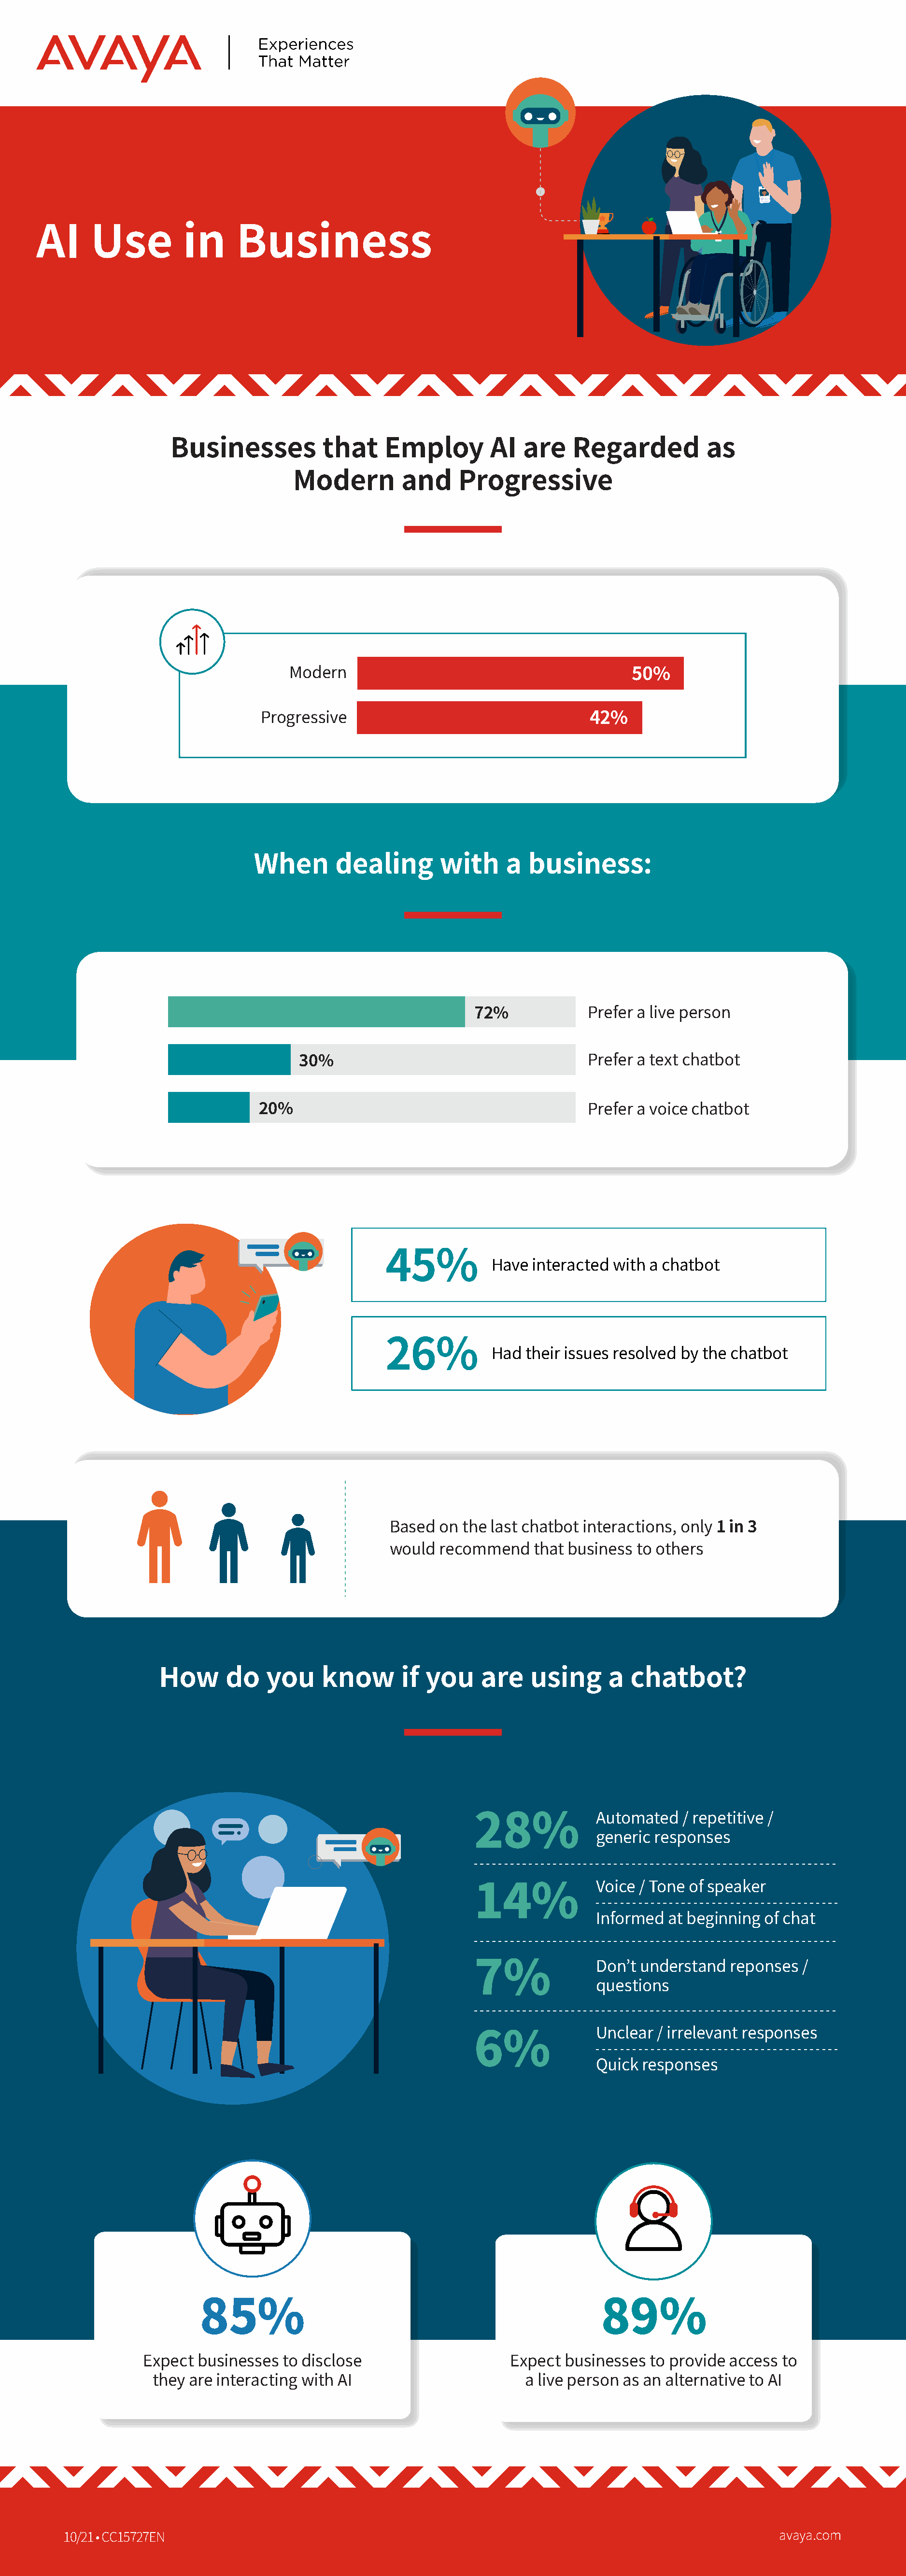
AI     Use          in     Business
 Businesses           that     Employ        AI   are   Regarded           as
 Modern         and     Progressive
 Modern                                         50%
 Progressive                                  42%
 When       dealing       with     a  business:
 72%             Prefer a live person
 30%                                     Prefer a text chatbot
 20%                                           Prefer a voice chatbot
 Have  interacted with a chatbot
 45%
 Had  their issues resolved by the chatbot
 26%
 Based  on the last chatbot interactions, only 1 in 3
 would  recommend    that business to others
 How      do   you     know       if you     are    using     a  chatbot?
 Automated   / repetitive /
 generic responses
 28%
 Voice / Tone of speaker
 14%
 Informed  at beginning of chat
 Don’t understand  reponses  /
 questions
 7%
 Unclear / irrelevant responses
 6%               Quick responses
 85%                                                    89%
 Expect businesses  to disclose                    Expect businesses  to provide access to
 they are interacting with AI                       a live person as an alternative to AI
 10/21 • CC15727EN                                                                                 avaya.com